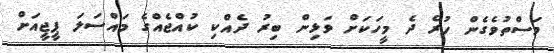
މަސްތުވެގެން ހުރެ ދެ މީހަކަށް ވަޅިން ބިރު ދެއްކި ކުއްޖެއްގެ މައްސަލަ ޕީޖީއަށް